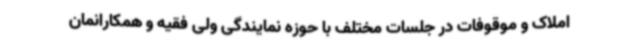
املاک و موقوفات در جلسات مختلف با حوزه نمایندگی ولی فقیه و همکارانمان